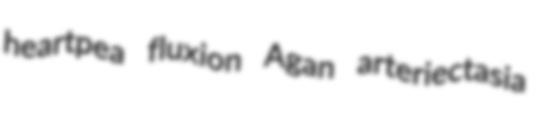
heartpea fluxion Agan arteriectasia